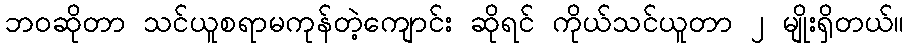
ဘဝဆိုတာ သင်ယူစရာမကုန်တဲ့ကျောင်း ဆိုရင် ကိုယ်သင်ယူတာ ၂ မျိုးရှိတယ်။